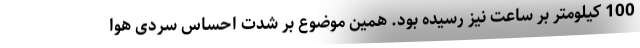
100 کیلومتر بر ساعت نیز رسیده بود. همین موضوع بر شدت احساس سردی هوا